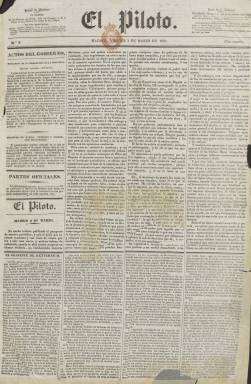
Título: El Piloto (Madrid)
Colección: Periódicos anteriores a 1850
Ámbito geográfico: Madrid
Lugar de publicación: Madrid
Fechas: 02/03/1839-13/03/1840

Cofundado por Antonio Alcalá Galiano (1789-1865) y Juan Donoso Cortés (1809-1853), a los que se les unió, según algunas fuentes, el duque de Osuna, Mariano Téllez-Girón (1814-1882), y a cuya redacción asimismo se sumaron Antonio María Segovia (1808-1874), conocido con el seudónimo El Estudiante; Juan Bravo Murillo (1803-1873), Joaquín Francisco Pacheco (1808-1865), Antonio de los Ríos Rosa (1812-1873), Manuel Pérez Hernández (1803-1856), Alejandro Mon y Menéndez (1801-1882), Salvador Bermúdez de Castro (1817-1883), Mariano Roca de Togores (1812-1889), Gabriel García Tassara (1817-1875); el duque de Vergara, Pedro Colón de Larreategui (1801-1866) o Leopoldo Augusto de Cueto (1815-1901).

Estuvo publicándose desde el uno de marzo de 1839 al 13 de marzo de 1840, como diario de una facción destacadísima y centrista del Partido Moderado, en la que Alcalá Galiano dibujará el esquema ideológico o las bases teóricas del liberalismo conservador, que más tarde desarrollará en sus lecciones de los cursos 1838-1839, 1839-1840 y 1843-1844 del Ateneo de Madrid, mientras que Donoso Cortés, que previamente había expuesto las suyas moderadas en el vespertino El Porvenir (1837), abandonará ahora ya toda forma de liberalismo. Éste, autor del prospecto de El Piloto (aparecido en febrero), dejará este diario a finales de junio, por desavenencias con Alcalá-Galiano al censurar un artículo publicado en sus páginas que “atentaba contra la fama” de su amigo Manuel José Quintana (1772-1857), pero también se mostrará contrario a la tendencia del citado Joaquín Francisco Pacheco o de Nicomedes Pastor Díaz (1811-1863) y Andrés Borrego (1802-1891), como partidarios de una tercera vía entre moderados y progresistas templados, que más tarde constituirán la facción de los “puritanos”.

En entregas de cuatro páginas, compuestas a cuatro columnas, el diario fue estampado en la Imprenta de Tomás Jordán, apareciendo como editor responsable P.S. Castellanos. Además de editoriales o artículos doctrinales y de fondo, se estructura en sección como Actos del Gobierno, Partes oficiales, Crónica extranjera, Crónica interior o del Reino, Última hora, contando para ello con corresponsales o correspondencias tanto en provincias como en el exterior, Parte comercial (en la que incluye las cotización de la Bolsa de Madrid), Variedades (para los temas literarios), Cortes (cuando hay sesiones), Guerra civil y Crónica de la frontera (mientras dura la carlista), Teatro (con la programación), Folletín (en los faldones de las dos primeras planas), y en donde Cueto escribirá varios textos dramáticos, o Anuncios (generalmente bibliográficos y escasos).

Durante el prácticamente año en el que estuvo publicándose sus principales redactores también se presentaron a las diferentes convocatorias a Cortes. Alcalá Galiano, tras oponerse a los Sargentos de la Granja (1836), había regresado de su exilio, ya instalado en el moderantismo, al obtener su acta parlamentaria por la circunscripción de Cádiz a finales de 1837, y había sido colaborador de El Correo nacional, de Andrés Borrego, hasta octubre de 1838 y seguidamente de La España, que había dirigido Pacheco, hasta febrero de 1839. No sacará acta de diputado tras la disolución de las Cortes de julio de 1839, pero sí por la de Pontevedra en las nuevas Cortes de febrero de 1840, siendo el autor de algunos de los folletines de El Piloto, además de escribir hasta tres artículos de fondo diarios, tal como señala en los Apuntes para su biografía, de 1865.

El Piloto anuncia su cese en su número del 13 de marzo de 1840, indicando que a partir de entonces sus suscriptores recibirán en su lugar El Corresponsal, el también diario “moderado” que había empezado a publicarse el uno de junio de 1839. En los citados Apuntes para su biografía (1865), Alcalá-Galiano dirá que cesó por haber estado “mal sostenido por el partido cuyo servicio había abrazado con celo”. Tras el Trienio Moderado (1837-1840) y la asunción de la Regencia por Baldomero Espartero (1840-1843), Alcalá-Galiano iniciará un nuevo exilio.